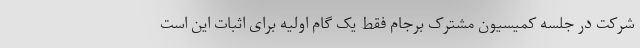
شرکت در جلسه کمیسیون مشترک برجام فقط یک گام اولیه برای اثبات این است